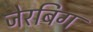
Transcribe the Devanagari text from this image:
जेरबिग